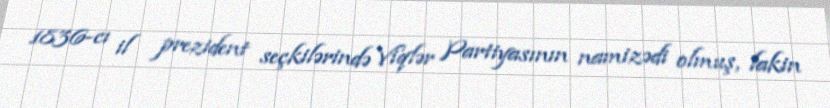
1836-cı il prezident seçkilərində Viqlər Partiyasının namizədi olmuş, lakin